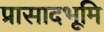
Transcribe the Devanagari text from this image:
प्रासादभूमि